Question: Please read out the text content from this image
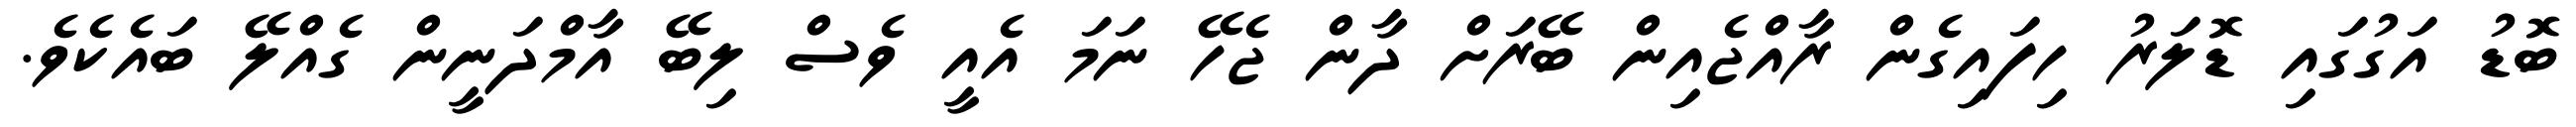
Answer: ބޮޑު އަގުގައި ޑޮލަރު ހިފައިގެން ރާއްޖެއިން ބޭރަށް ދާން ޖެހޭ ނަމަ އެއީ ވެސް ލިބޭ އާމްދަނީން ގެއްލޭ ބައެކެވެ.